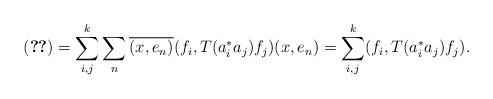
LaTeX: \begin{align*} (\ref{3.10}) = \sum_{i,j}^k \sum_n \overline{(x,e_n)} (f_i, T(a^*_ia_j) f_j) (x,e_n)= \sum_{i,j}^k (f_i, T(a^*_ia_j) f_j).\end{align*}